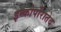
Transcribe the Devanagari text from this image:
इन्कोर्पोरातेद